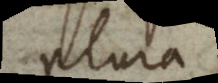
plura